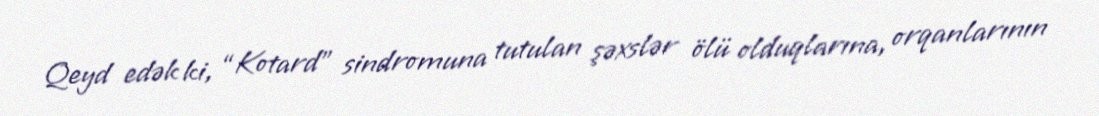
Qeyd edək ki, “Kotard” sindromuna tutulan şəxslər ölü olduqlarına, orqanlarının